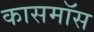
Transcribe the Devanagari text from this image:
कासमॉस